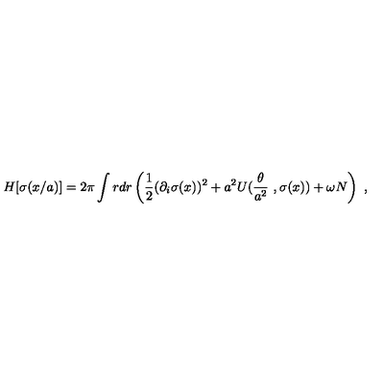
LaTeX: H [ \sigma ( x / a ) ] = 2 \pi \int r d r \left( \frac 1 2 ( \partial _ { i } \sigma ( x ) ) ^ { 2 } + a ^ { 2 } U ( \frac { \theta } { a ^ { 2 } } \ , \sigma ( x ) ) + \omega N \right) \ ,